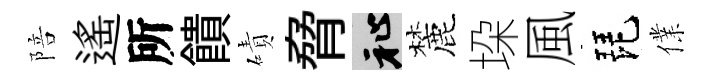
陪遙所饋磧脅祉麓垜風琵㒒